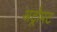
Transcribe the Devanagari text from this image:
अट्रोपट